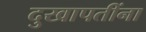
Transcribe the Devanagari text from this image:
दुखापतींना